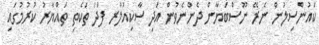
ކައުންސިލުން ނެރޭ ނޫސްބަޔާން ދެންނެވުން އަދި ސާކިއުލާރ ފަދަ ތަކެތި ތައްޔާރު ކުރުމުގައި